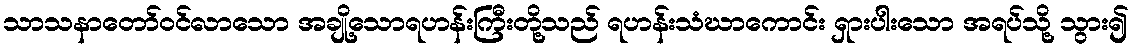
သာသနာတော်ဝင်လာသော အချို့သောရဟန်းကြီးတို့သည် ရဟန်းသံဃာကောင်း ရှားပါးသော အရပ်သို့ သွား၍